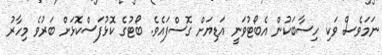
ނަމަވެސް ވަކި ހިސާބަކުން އެބޯޓުވަނީ އަޑިޔަށް ގޮސްފައެވެ. ބޯޓުގެ ކޮޅުފަސްކޮޅަށް ބަރުވެ މިހާރު